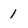
Character: 1